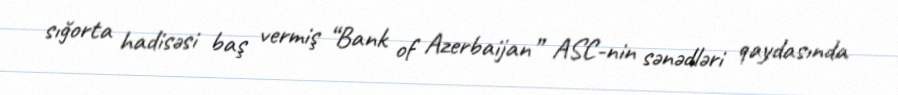
sığorta hadisəsi baş vermiş “Bank of Azerbaijan” ASC-nin sənədləri qaydasında